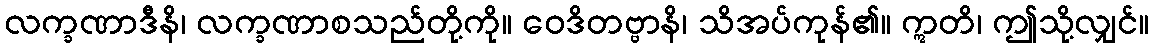
လက္ခဏာဒီနိ၊ လက္ခဏာစသည်တို့ကို။ ဝေဒိတဗ္ဗာနိ၊ သိအပ်ကုန်၏။ ဣတိ၊ ဤသို့လျှင်။